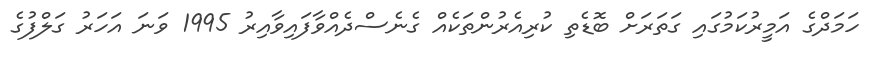
ހަމަދްގެ އަމީރުކަމުގައި ގަތަރަށް ބޮޑެތި ކުރިއެރުންތަކެއް ގެނެސްދެއްވާފައިވާއިރު 1995 ވަނަ އަހަރު ގަލްފުގެ